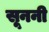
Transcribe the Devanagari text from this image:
सूननी